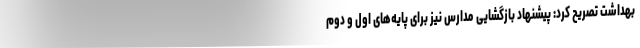
بهداشت تصریح کرد: پیشنهاد بازگشایی مدارس نیز برای پایه‌های اول و دوم